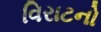
વિરાટનો